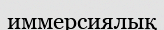
иммерсиялық